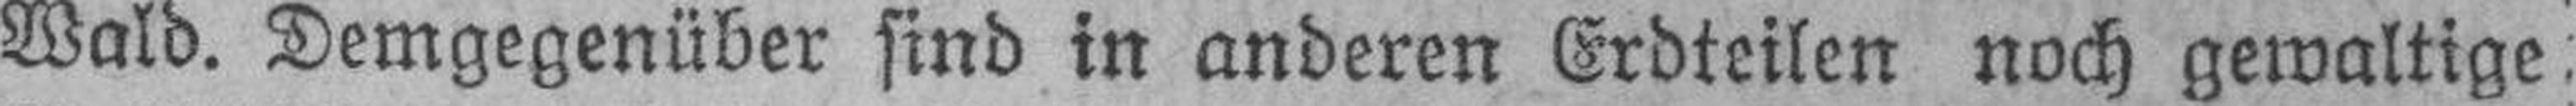
Wald. Demgegenüber sind in anderen Erdteilen noch gewaltige